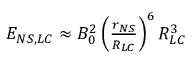
\begin{array} { r l r } { \mathrm { ~ } } & { { } } & { E _ { N S , L C } \approx B _ { 0 } ^ { 2 } \left( \frac { r _ { N S } } { R _ { L C } } \right) ^ { 6 } R _ { L C } ^ { 3 } } \end{array}